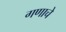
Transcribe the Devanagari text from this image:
गणाचे